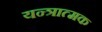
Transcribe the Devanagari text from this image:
यन्त्रात्मक